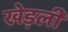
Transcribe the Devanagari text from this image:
खेड़ली